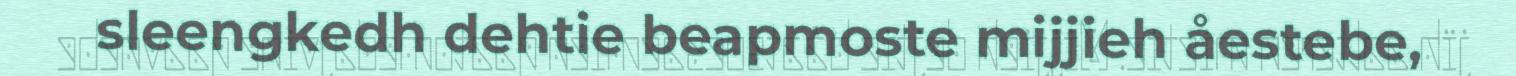
sleengkedh dehtie beapmoste mijjieh åestebe,